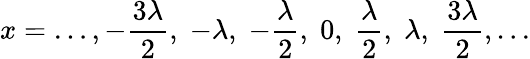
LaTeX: x=\ldots,-{\frac{3\lambda}{2}},\; -\lambda,\; -{\frac{\lambda}{2}},\; 0,\; {\frac{\lambda}{2}},\; \lambda,\; {\frac{3\lambda}{2}},\ldots